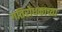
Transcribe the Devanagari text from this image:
गतिरोधकाच्या